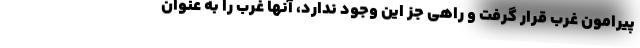
پیرامون غرب قرار گرفت و راهی جز این وجود ندارد، آنها غرب را به عنوان